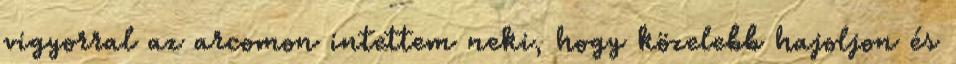
vigyorral az arcomon intettem neki, hogy közelebb hajoljon és